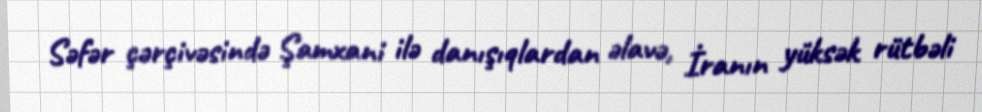
Səfər çərçivəsində Şamxani ilə danışıqlardan əlavə, İranın yüksək rütbəli